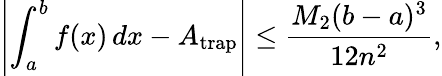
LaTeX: \left\vert\int_{a}^{b}f(x)\, dx-A_{\mathrm{trap}}\right\vert\leq{\frac{M_{2}(b-a)^{3}}{12n^{2}}},